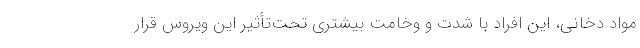
مواد دخانی، این افراد با شدت و وخامت بیشتری تحت‌تأثیر این ویروس قرار